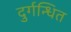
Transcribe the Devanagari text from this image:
दुर्गन्धित